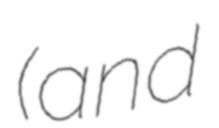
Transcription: (and